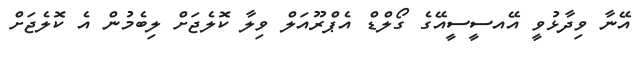
އޭނާ ވިދާޅުވީ އޭއސީސީއޭގެ ގޯލްޑް އެޕްރޫއަލް ވިލާ ކޮލެޖަށް ލިބެމުން އެ ކޮލެޖަށް